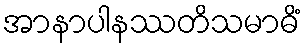
အာနာပါနဿတိသမာဓိံ